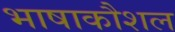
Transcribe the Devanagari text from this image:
भाषाकौशल